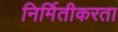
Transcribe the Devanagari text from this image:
निर्मितीकरता